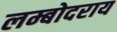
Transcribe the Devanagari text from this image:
लम्बोदराय